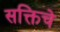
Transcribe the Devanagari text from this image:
सक्तिचे